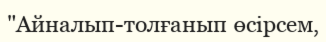
"Айналып-толғанып өсірсем,